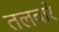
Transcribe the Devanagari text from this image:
तलवारे